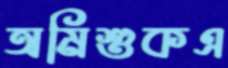
অমিশুকএ